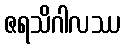
ဇရသိဂါလဿ